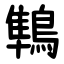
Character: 鶽